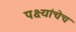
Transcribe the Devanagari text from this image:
पक्ष्यांचेच